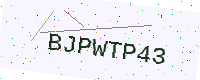
Text: BJPWTP43